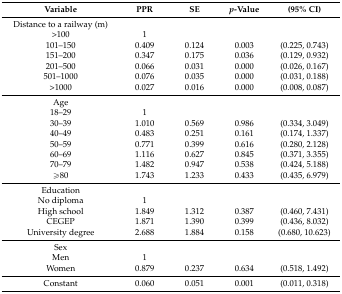
<table><thead><tr><td><b>Variable</b></td><td><b>PPR</b></td><td><b>SE</b></td><td><b><i>p</i>-Value</b></td><td><b>(95% CI)</b></td></tr></thead><tbody><tr><td>Distance to a railway (m)</td><td></td><td></td><td></td><td></td></tr><tr><td>&gt;100</td><td>1</td><td></td><td></td><td></td></tr><tr><td>101–150</td><td>0.409</td><td>0.124</td><td>0.003</td><td>(0.225, 0.743)</td></tr><tr><td>151–200</td><td>0.347</td><td>0.175</td><td>0.036</td><td>(0.129, 0.932)</td></tr><tr><td>201–500</td><td>0.066</td><td>0.031</td><td>0.000</td><td>(0.026, 0.167)</td></tr><tr><td>501–1000</td><td>0.076</td><td>0.035</td><td>0.000</td><td>(0.031, 0.188)</td></tr><tr><td>&gt;1000</td><td>0.027</td><td>0.016</td><td>0.000</td><td>(0.008, 0.087)</td></tr><tr><td>Age</td><td></td><td></td><td></td><td></td></tr><tr><td>18–29</td><td>1</td><td></td><td></td><td></td></tr><tr><td>30–39</td><td>1.010</td><td>0.569</td><td>0.986</td><td>(0.334, 3.049)</td></tr><tr><td>40–49</td><td>0.483</td><td>0.251</td><td>0.161</td><td>(0.174, 1.337)</td></tr><tr><td>50–59</td><td>0.771</td><td>0.399</td><td>0.616</td><td>(0.280, 2.128)</td></tr><tr><td>60–69</td><td>1.116</td><td>0.627</td><td>0.845</td><td>(0.371, 3.355)</td></tr><tr><td>70–79</td><td>1.482</td><td>0.947</td><td>0.538</td><td>(0.424, 5.188)</td></tr><tr><td>≥80</td><td>1.743</td><td>1.233</td><td>0.433</td><td>(0.435, 6.979)</td></tr><tr><td>Education</td><td></td><td></td><td></td><td></td></tr><tr><td>No diploma</td><td>1</td><td></td><td></td><td></td></tr><tr><td>High school</td><td>1.849</td><td>1.312</td><td>0.387</td><td>(0.460, 7.431)</td></tr><tr><td>CEGEP</td><td>1.871</td><td>1.390</td><td>0.399</td><td>(0.436, 8.032)</td></tr><tr><td>University degree</td><td>2.688</td><td>1.884</td><td>0.158</td><td>(0.680, 10.623)</td></tr><tr><td>Sex</td><td></td><td></td><td></td><td></td></tr><tr><td>Men</td><td>1</td><td></td><td></td><td></td></tr><tr><td>Women</td><td>0.879</td><td>0.237</td><td>0.634</td><td>(0.518, 1.492)</td></tr><tr><td>Constant</td><td>0.060</td><td>0.051</td><td>0.001</td><td>(0.011, 0.318)</td></tr></tbody></table>